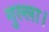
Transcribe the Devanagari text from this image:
गुल्ला।